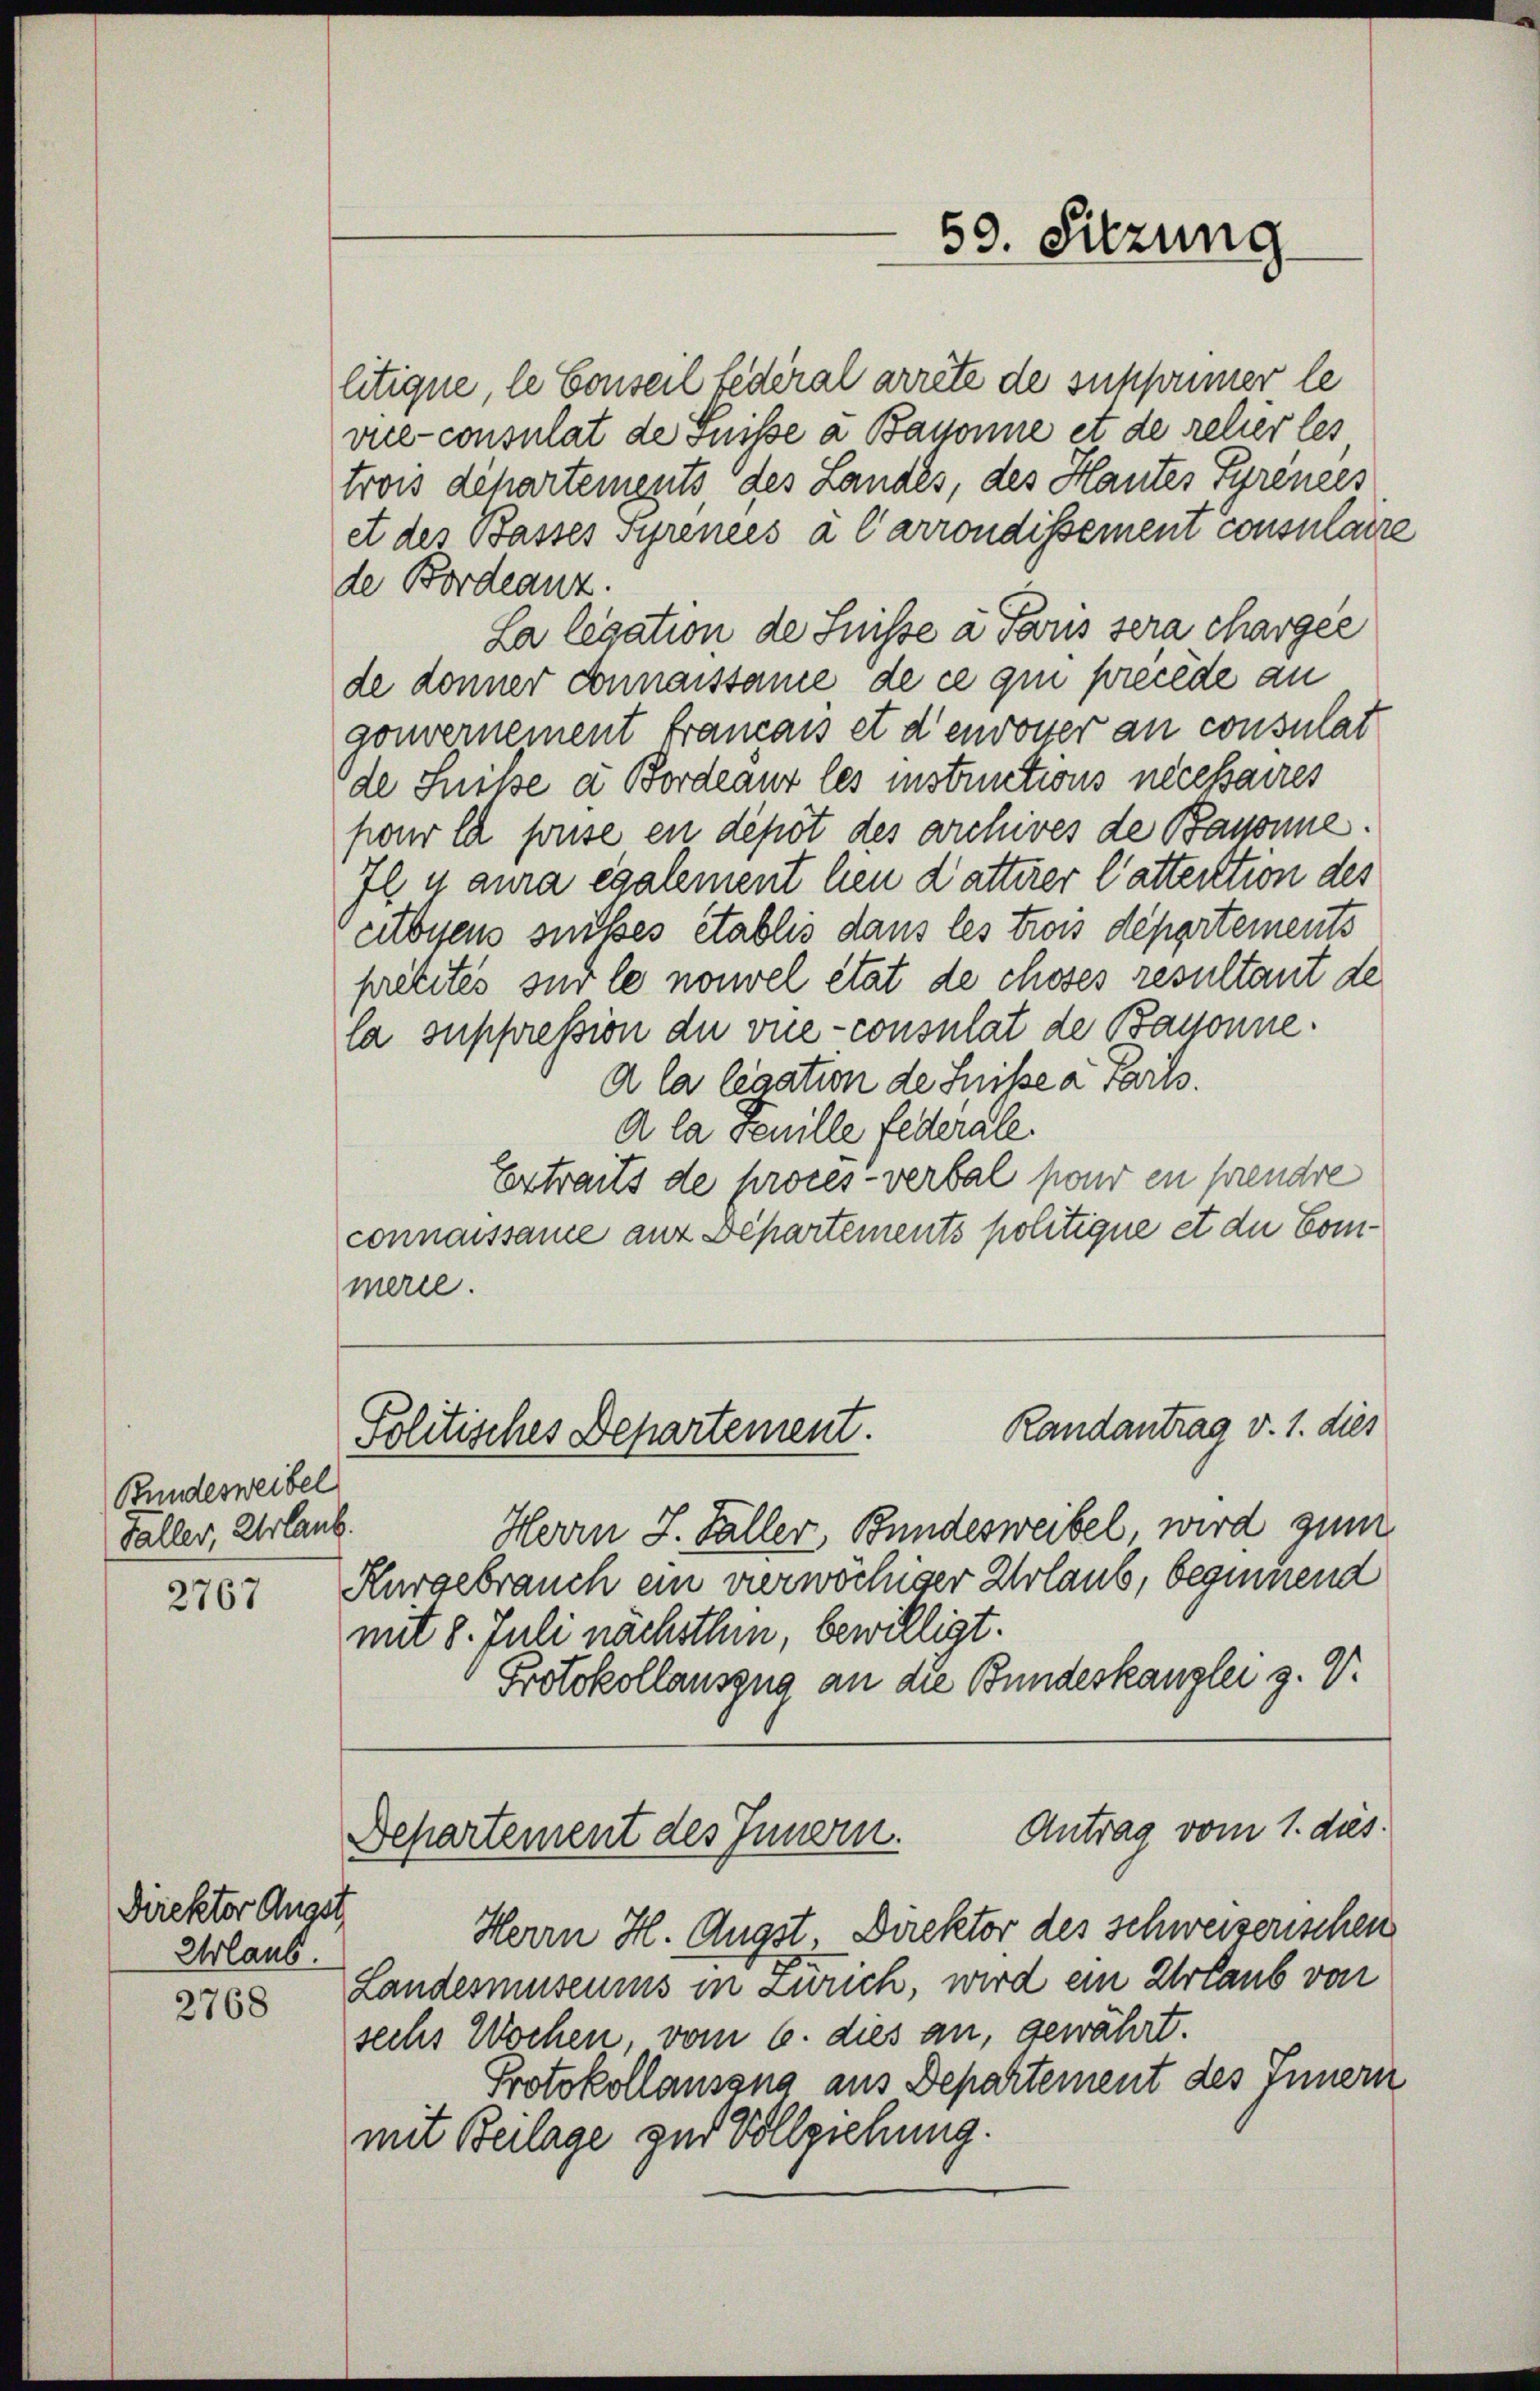
Bundesweibel
Faller, Urlaub.

2767

Direktor Augst
Urlaub.

2768

50. Sitzung

litique, le Conseil fédéral arrête de suchsonner le
vue-consulat de Suisse a Bassonne et de relier les
trois dchartements des Landes, des Hautes Gyrences
et des Basses Syrences à l’arrondissement consularre
de Bordeanz.
La legation de Suisse a Paris sera chargee
de donner donnaissame de ce qui precede an
gouvernement Francais et d’envoyer an consulat
de Suisse a Bordeaur les instructions necessaires
pour la souse en depot des archives de Basonne.
7l u aura également hen Datterer Cattention des
citbiscus suites etablis dans les trois departements
pretites sur le nouvel état de choses resultant de
la suppression die vie-consulat de Bassonne.
A la legation de Sisse a Parts.
A la Senille federale.
Extraits de procès-verbal pour en prendre
connaissame aus Departements politique et die Commerie.
Randantrag v. 1. dies
Politisches Departement.
Herrn J. Faller, Bundesweibel, wird zum
Kurgebrauch ein verwöchiger Urlaub, beginnend
mit 8. Juli nächsthin, bewilligt.
Protokollauszug an die Bundeskanzlei z. V.

Antrag vom 1. dies
Departement des Innern.

Herrn H. Augst Direktor des Schweizerischen
Landesmuseums in Zweck, wird ein Urlaub von
sechs Wochen, vom 6. dies an, gewährt.
Protokollausana aus Departement des Innern
mit Beilage zur Vollziehung.